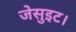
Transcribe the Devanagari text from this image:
जेसुइट।